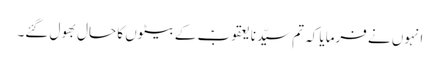
انہوں نے فرمایا کہ تم سیّدنا یعقوبؑ کے بیٹوں کا حال بھول گئے۔